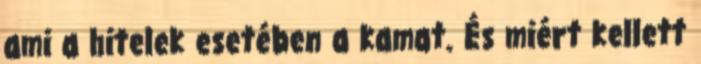
ami a hitelek esetében a kamat. És miért kellett